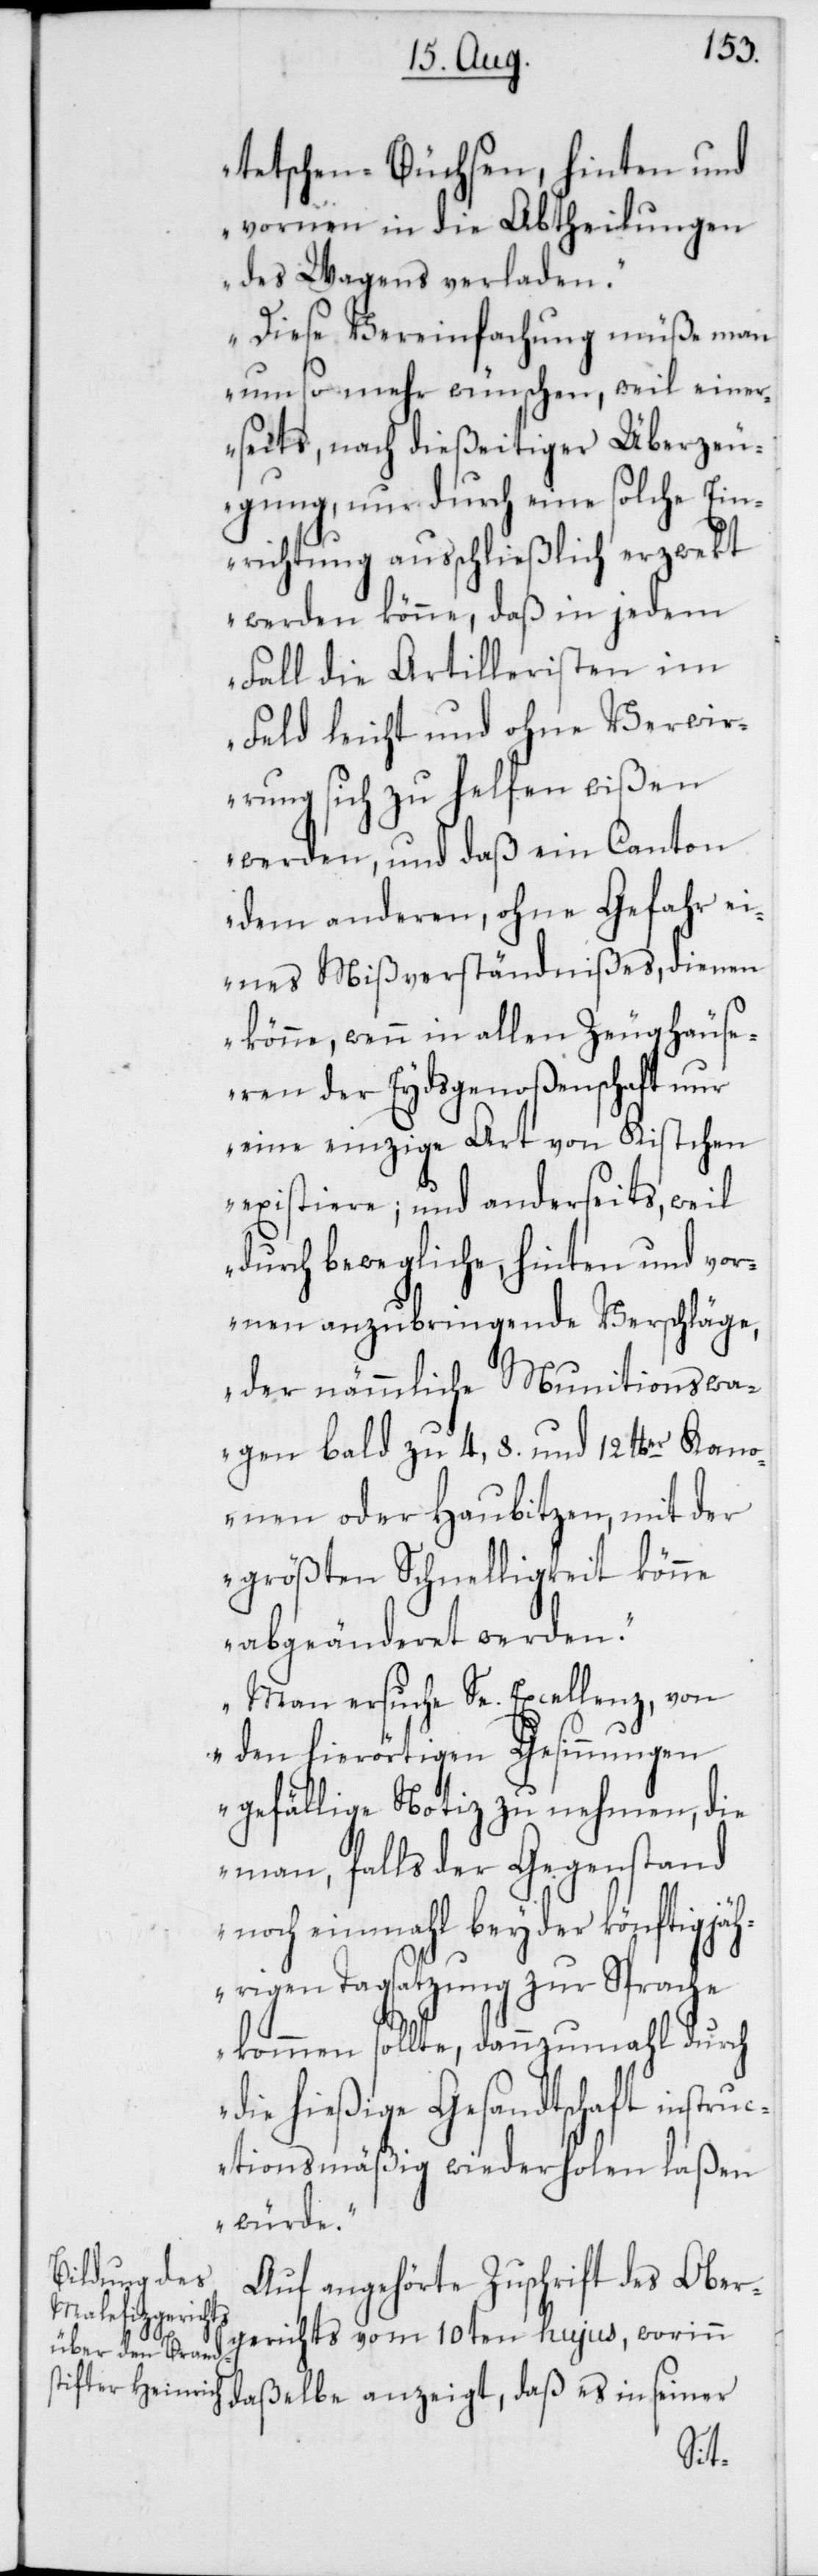
tetschen-Büchsen, hinten und
vornen in die Abtheilungen
des Wagens verladen.
Diese Vereinfachung müße man
um so mehr wünschen, weil einer¬
seits nach dießeitiger Überzeu¬
gung, nur durch eine solche Ein¬
richtung ausschließlich erzwekt
werden könne, daß in jedem
Fall die Artilleristen im
Feld leicht und ohne Verwir¬
rung sich zu helfen wißen
werden, und daß ein Canton
dem anderen, ohne Gefahr ei¬
nes Mißverständnißes, dienen
könne, wenn in allen Zeughäuse¬
ren der Eydsgenoßenschaft nur
eine einzige Art von Kistchen
existiere; und anderseits, weil
durch bewegliche, hinten und vor¬
nen anzubringende Verschläge,
der nämmliche Munitionswa¬
gen bald zu 4, 8. und 12 lber Kan¬
onen oder Haubitzen, mit der
größten Schnelligkeit könne
abgeänderet werden.
Man ersuche Se. Excellenz, von
den hierörtigen Gesinnungen
gefällige Notiz zu nehmen, die
man, falls der Gegenstand
noch einmahl bey der könftigjäh¬
rigen Tagsatzung zur Sprache
kommen sollte, dannzumahl durch
die hießige Gesandtschaft instruc¬
tionsmäßig wiederholen laßen
würde.“
Auf angehörte Zuschrift des Ober¬
gerichts vom 10ten hujus, worinn